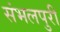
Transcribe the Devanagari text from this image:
संभलपुरी